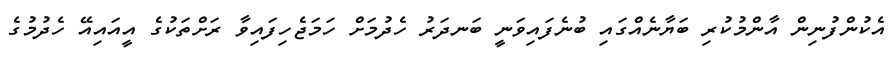
އެކުންފުނިން އާންމުކުރި ބަޔާނެއްގައި ބުނެފައިވަނީ ބަނދަރު ހެދުމަށް ހަމަޖެހިފައިވާ ރަށްތަކުގެ އީއައިއޭ ހެދުމުގެ